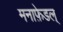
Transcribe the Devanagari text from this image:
मनाफ़ेडल्